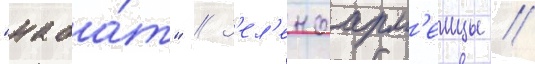
"наба́т" // З'ел'еноарм'еицы //